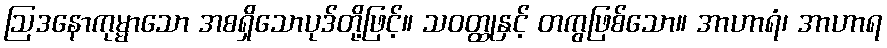
ဩဒနောကုမ္မာသော အစရှိသောပုဒ်တို့ဖြင့်။ သဝတ္ထုနှင့် တကွဖြစ်သော။ အာဟာရံ၊ အာဟာရ